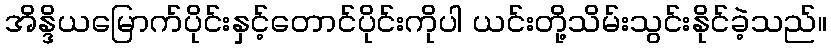
အိန္ဒိယမြောက်ပိုင်းနှင့်တောင်ပိုင်းကိုပါ ယင်းတို့သိမ်းသွင်းနိုင်ခဲ့သည်။